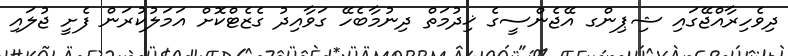
ދިވެހިރާއްޖޭގައި ޝިޕިންގ އޭޖެންސީގެ ޚިދުމަތް ދިނުމާބެހޭ ގަވާއިދު ގެޒެޓްކޮށް އަމަލުކުރަން ފެށީ ޖުލައި